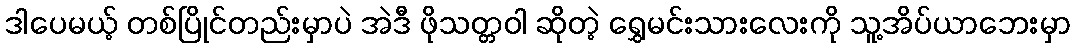
ဒါပေမယ့် တစ်ပြိုင်တည်းမှာပဲ အဲဒီ ဖိုသတ္တဝါ ဆိုတဲ့ ရွှေမင်းသားလေးကို သူ့အိပ်ယာဘေးမှာ